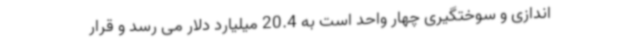
اندازی و سوختگیری چهار واحد است به 20.4 میلیارد دلار می رسد و قرار